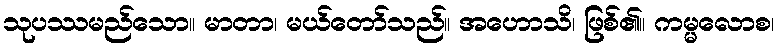
သုပဿမည်သော။ မာတာ၊ မယ်တော်သည်။ အဟောသိ၊ ဖြစ်၏။ ကမ္မလောစ၊